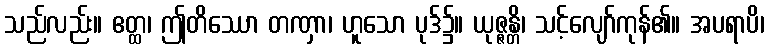
သည်လည်း။ ဧတ္ထ၊ ဤတိဿော တဏှာ၊ ဟူသော ပုဒ်၌။ ယုဇ္ဇန္တိ၊ သင့်လျော်ကုန်၏။ အပရာပိ၊